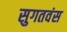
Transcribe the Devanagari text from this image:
सुगतवंस